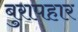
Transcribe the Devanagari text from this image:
बुरापहार